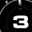
Digit: 3